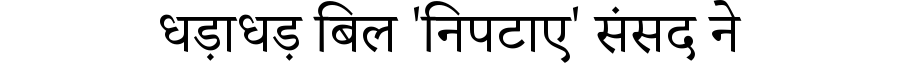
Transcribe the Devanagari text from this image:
धड़ाधड़ बिल 'निपटाए' संसद ने